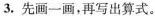
3.先画一画，再写出算式。